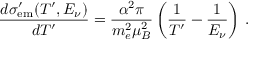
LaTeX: \frac { d \sigma _ { \mathrm { e m } } ^ { \prime } ( T ^ { \prime } , E _ { \nu } ) } { d T ^ { \prime } } = \frac { \alpha ^ { 2 } \pi } { m _ { e } ^ { 2 } \mu _ { B } ^ { 2 } } \left( \frac { 1 } { T ^ { \prime } } - \frac { 1 } { E _ { \nu } } \right) \, .